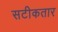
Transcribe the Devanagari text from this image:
सटीकतार